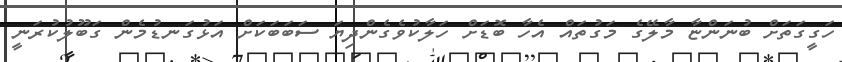
ހަގީގަތަށް ބުނަންޏާ މާލޭގެ މަގުތައް އެހާ ބޮޑަށް ހަލާކުވެގެންދިޔަ ސަބަބަކަށް އަޅުގަނޑުމެން ގަބޫލުކުރަނީ